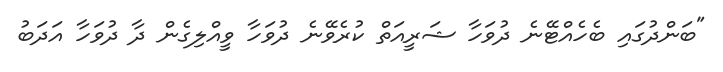
"ބަންދުގައި ބެހެއްޓޭނެ ދުވަހާ ޝަރީއަތް ކުރެވޭނެ ދުވަހާ ވީއްލިގެން ދާ ދުވަހާ އަދަބު